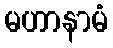
မဟာနာမံ